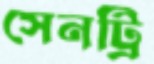
সেনট্রি